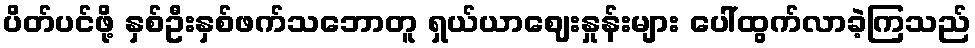
ပိတ်ပင်ဖို့ နှစ်ဦးနှစ်ဖက်သဘောတူ ရှယ်ယာဈေးနှုန်းများ ပေါ်ထွက်လာခဲ့ကြသည်